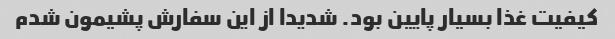
کیفیت غذا بسیار پایین بود. شدیدا از این سفارش پشیمون شدم